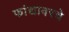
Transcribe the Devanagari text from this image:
फांद्यावरचे